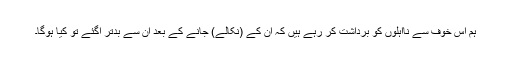
ہم اس خوف سے نااہلوں کو برداشت کر رہے ہیں کہ ان کے (نکالے) جانے کے بعد ان سے بدتر آگئے تو کیا ہوگا۔